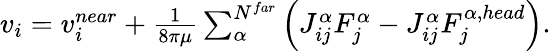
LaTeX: \begin{array}{r}{v_{i}=v_{i}^{near}+\frac{1}{8\pi\mu}\sum_{\alpha}^{N^{far}}\left(J_{ij}^{\alpha}F_{j}^{\alpha}-J_{ij}^{\alpha}F_{j}^{\alpha,head}\right).}\end{array}